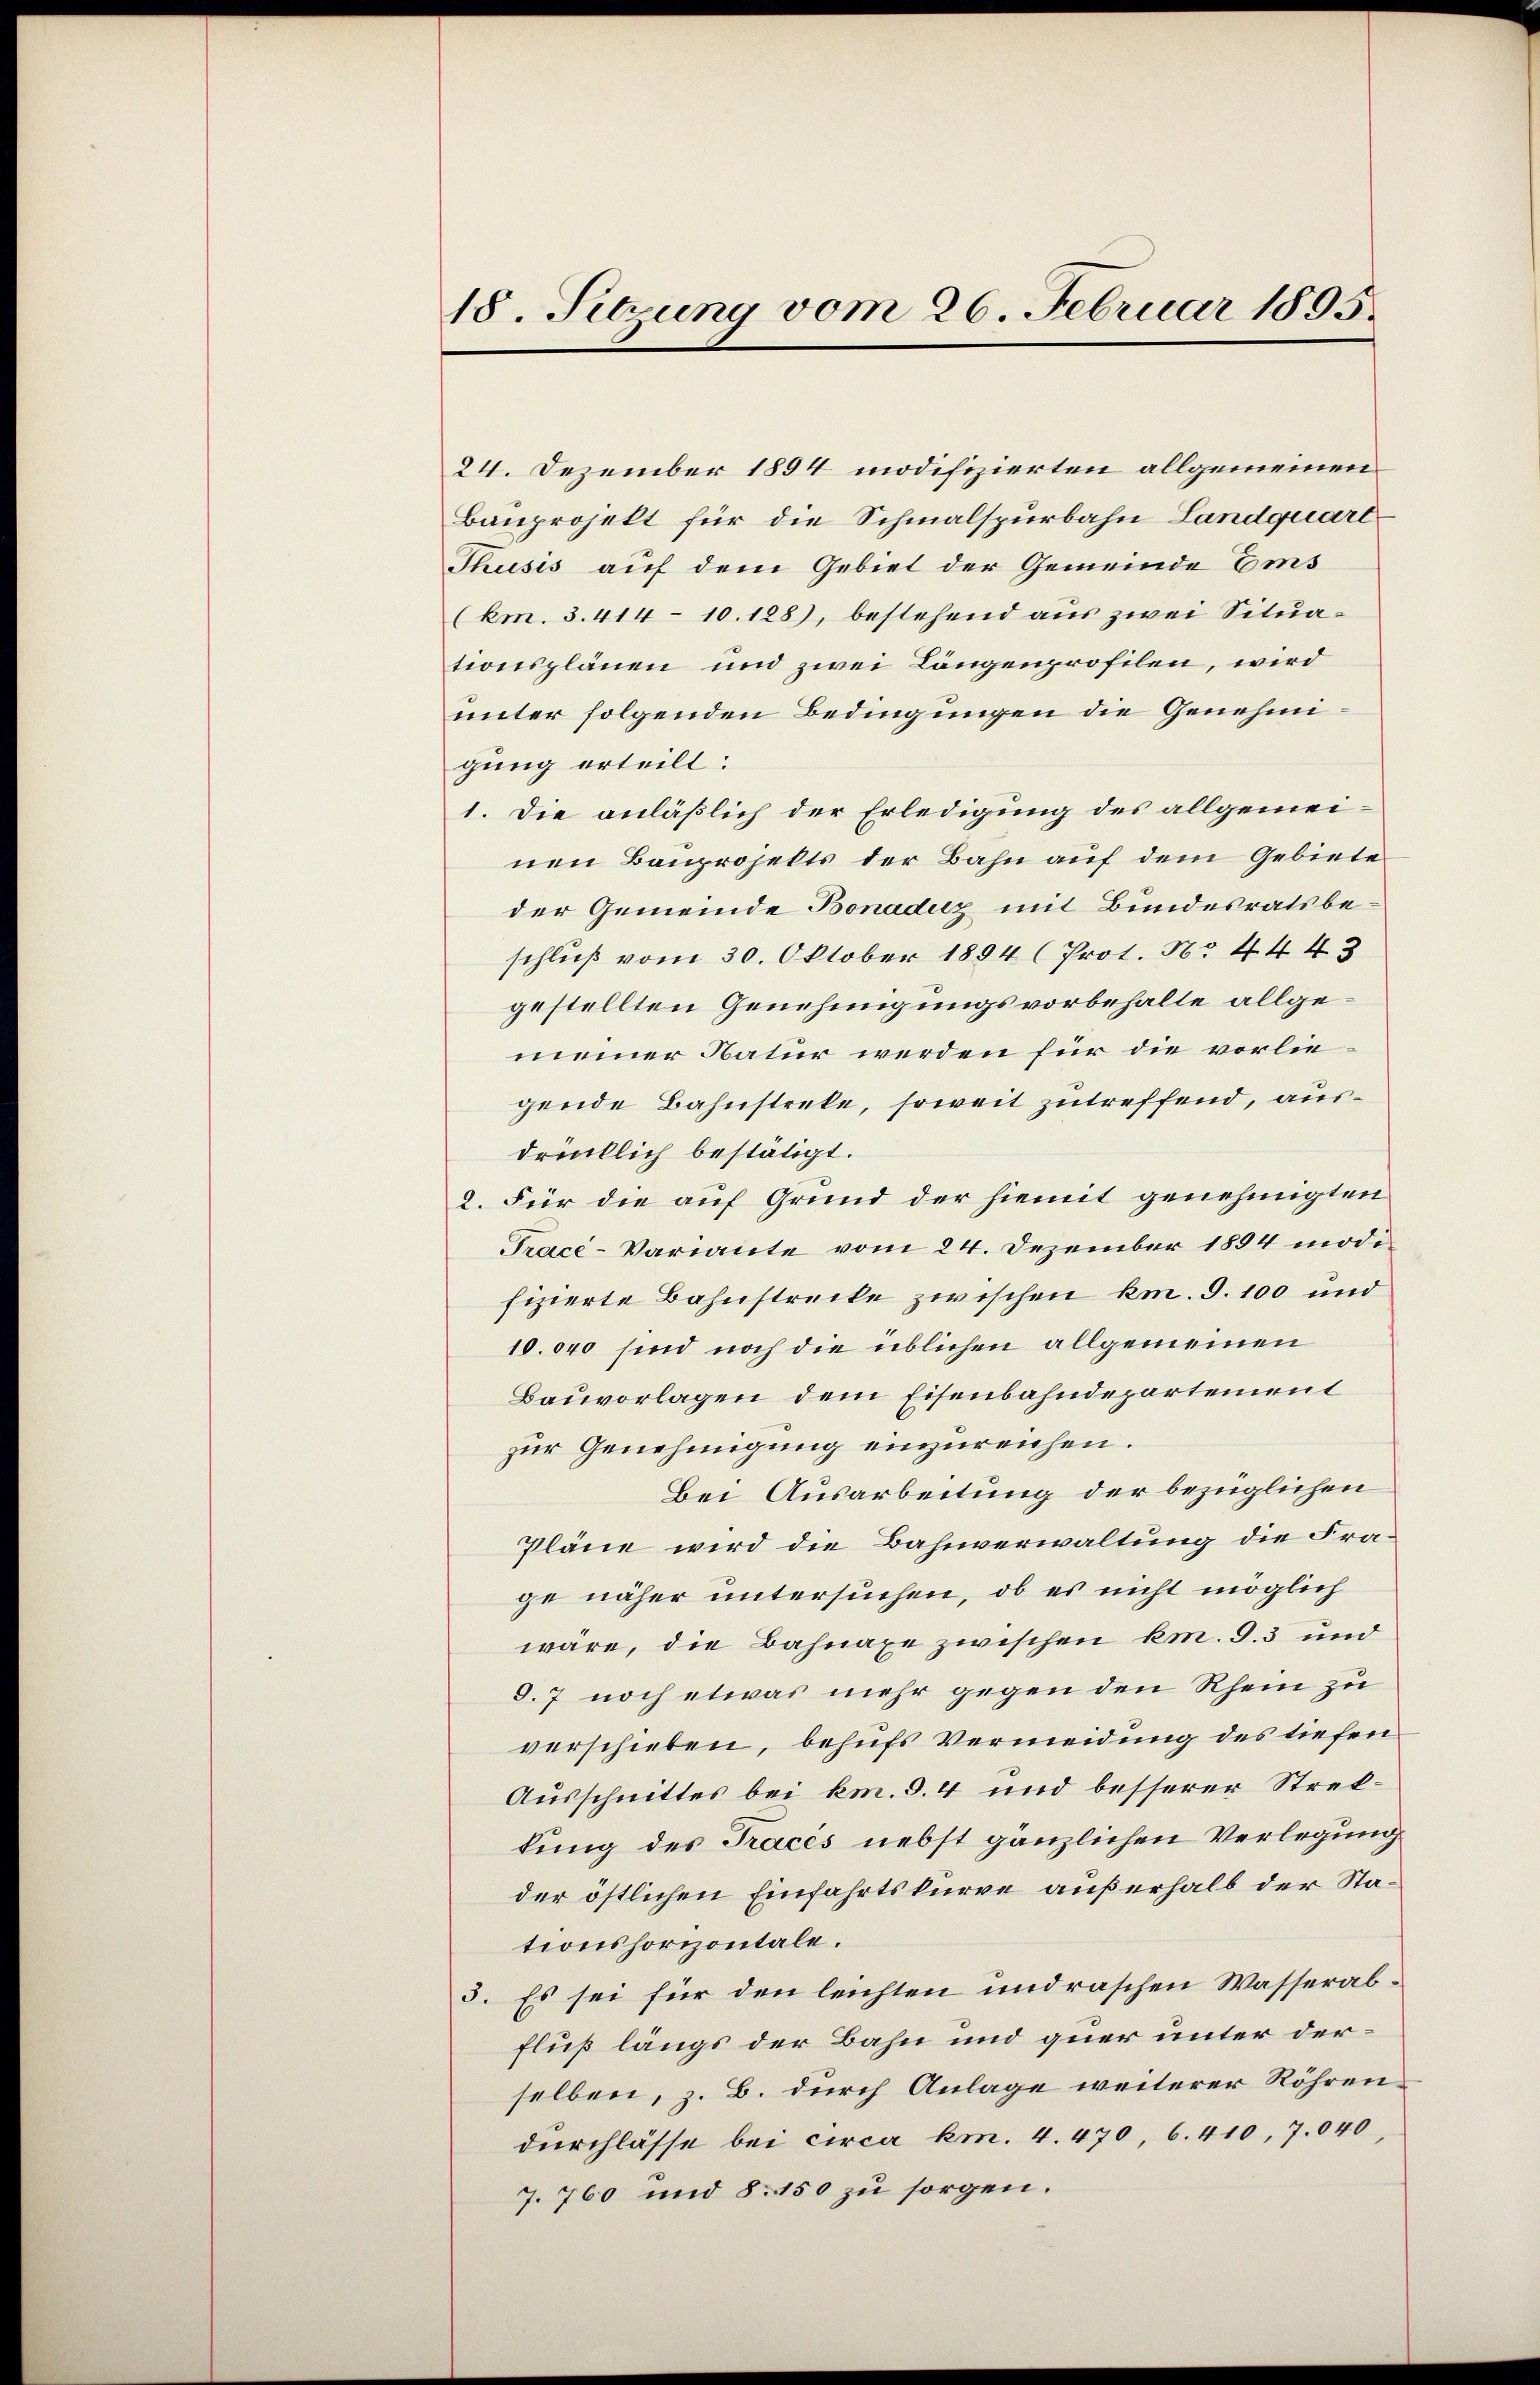
18. Sitzung vom 26. Februar 1895.

24. Dezember 1894 modifizierten allgemeinen
Bauprojekt für die Schmalspurbahn Landquart
Thusis auf dem Gebiet der Gemeinde Ems
(km. 3. 414 - 10.128), bestehend aus zwei Situationsplänen und zwei Längenprofilen, wird
unter folgenden Bedingungen die Genehmigung erteilt:
1. Die anläßlich der Erledigung des allgemeinen Bauprojekts der Bahn auf dem Gebiete
der Gemeinde Bonaduz mit Bundesratsbeschluß vom 30. Oktober 1894 (Prot. No 44 43
gestellten Genehmigungsvorbehalte allgemeiner Natur werden für die vorliegende Bahnstreke, soweit zutreffend, ausdrücklich bestätigt.
2. Für die auf Grund der hiemit genehmigten
Tracé-Variante vom 24. Dezember 1894 modi
fizierte Bahnstrecke zwischen km. S. 100 und
10.000 sind noch die üblichen allgemeinen
Bauvorlagen dem Eisenbahndepartement
zur Genehmigung einzureichen.
Bei Ausarbeitung der bezüglichen
Pläne wird die Bahnverwaltung die Frage näher untersuchen, ob es nicht möglich
wäre, die Bahnaxe zwischen km. G. 3 und
8.7 noch etwas mehr gegen den Rhein zu
verschieben, behufs Vermeidung des tiefen
Ausschnittes bei km. S. 4 und besserer Strekkung des Tracés nebst gänzlichen Verlegung
der östlichen Einfahrtskurre außerhalb der Stationshorizontale.
3. Es sei für den leichten und raschen Wasserab¬
Fluß längs der Bahn und quer unter derselben, z. B. durch Anlage weiterer Röhrendurchlasse bei circa km. 4. 470, 6. 410, 7.040,
7. 760 und 8. 150 zu sorgen.